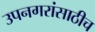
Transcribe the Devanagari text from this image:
उपनगरांसाठीच